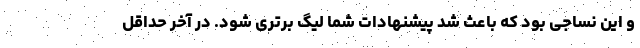
و این نساجی بود که باعث شد پیشنهادات شما لیگ برتری شود. در آخر حداقل